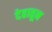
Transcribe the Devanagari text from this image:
देहातून